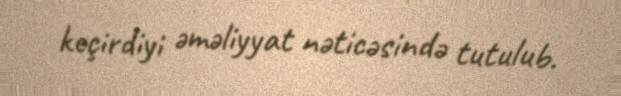
keçirdiyi əməliyyat nəticəsində tutulub.